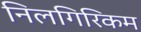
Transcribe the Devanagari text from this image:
निलगिरिकम